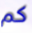
كم